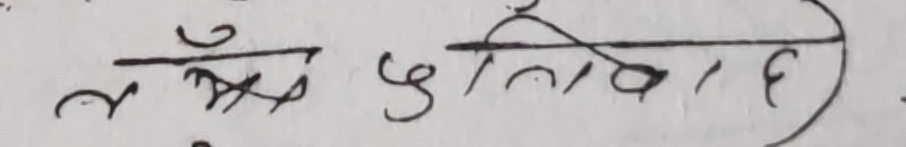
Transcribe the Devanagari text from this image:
लक्ष्य पुर्वक)